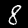
Label: 8